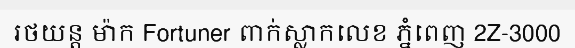
រថយន្ត ម៉ាក Fortuner ពាក់ស្លាកលេខ ភ្នំពេញ 2Z-3000